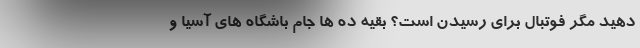
دهید مگر فوتبال برای رسیدن است؟ بقیه ده ها جام باشگاه های آسیا و